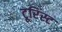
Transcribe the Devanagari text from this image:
टूरिंस्ट